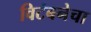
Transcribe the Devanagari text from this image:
विटंबनेचा